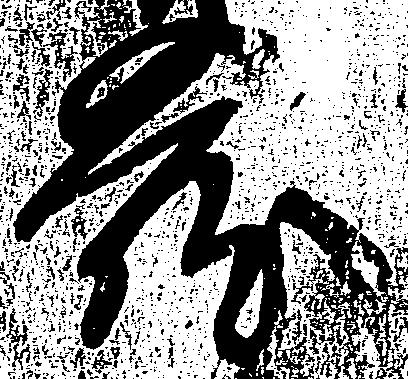
蔵